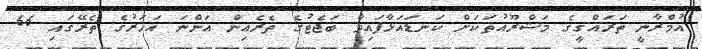
އުމްރާނީ ތަރައްގީގެ މަޝްރޫއުތަކަށް ކަނޑައަޅާފައިވާ ބަޖެޓުގެ ތެރެއިން އަންނަ އަހަރުގެ ތެރޭގައި 66